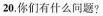
20.你们有什么问题?